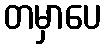
တမှာပေ